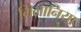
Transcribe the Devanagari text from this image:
गिलानिया